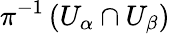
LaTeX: \pi^{-1}\left(U_{\alpha}\cap U_{\beta}\right)